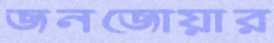
জনজোয়ার